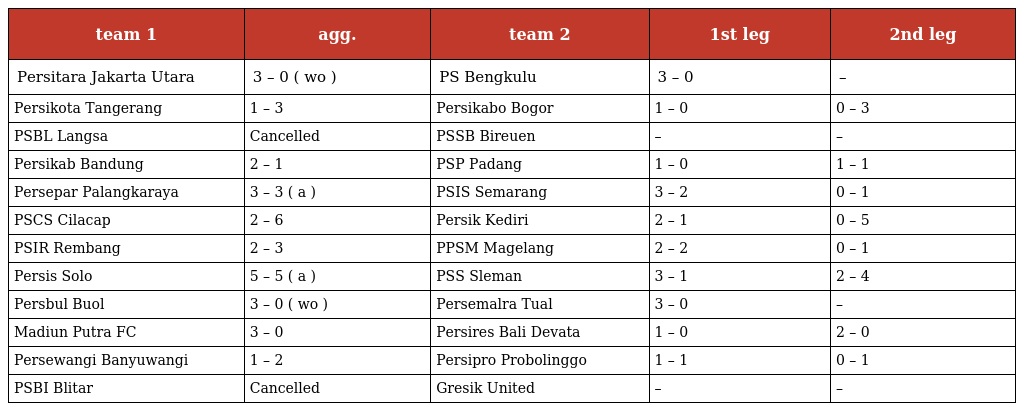
| team 1 | agg. | team 2 | 1st leg | 2nd leg |
 | --- | --- | --- | --- | --- |
 | Persitara Jakarta Utara | 3 – 0 ( wo ) | PS Bengkulu | 3 – 0 | – |
 | Persikota Tangerang | 1 – 3 | Persikabo Bogor | 1 – 0 | 0 – 3 |
 | PSBL Langsa | Cancelled | PSSB Bireuen | – | – |
 | Persikab Bandung | 2 – 1 | PSP Padang | 1 – 0 | 1 – 1 |
 | Persepar Palangkaraya | 3 – 3 ( a ) | PSIS Semarang | 3 – 2 | 0 – 1 |
 | PSCS Cilacap | 2 – 6 | Persik Kediri | 2 – 1 | 0 – 5 |
 | PSIR Rembang | 2 – 3 | PPSM Magelang | 2 – 2 | 0 – 1 |
 | Persis Solo | 5 – 5 ( a ) | PSS Sleman | 3 – 1 | 2 – 4 |
 | Persbul Buol | 3 – 0 ( wo ) | Persemalra Tual | 3 – 0 | – |
 | Madiun Putra FC | 3 – 0 | Persires Bali Devata | 1 – 0 | 2 – 0 |
 | Persewangi Banyuwangi | 1 – 2 | Persipro Probolinggo | 1 – 1 | 0 – 1 |
 | PSBI Blitar | Cancelled | Gresik United | – | – |